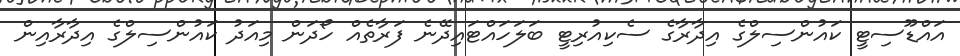
އައްޑޫސިޓީ ކައުންސިލްގެ އިދާރާގެ ސެކިއުރިޓީ ބަލަހައްޓައިދޭނެ ފަރާތެއް ހޯދަން މިއަދު ކައުންސިލްގެ އިދާރާއިން